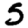
Digit: 5